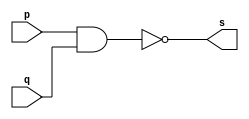
// --------------------------------
// Guia 02 - Exercicio 01
// Porta OR_NAND
// Nome: Marco Antonio Maciel Belo
// --------------------------------

// --------------------------------
// -- NAND
// --------------------------------

module nandgate (s, p, q);
 output s;
 input  p, q;

 assign s = ~(p & q);

endmodule // fim do module

// --------------------------------
// -- OR_NAND
// --------------------------------

module orgate (s, p, q);
 output s;
 input  p, q;
 wire temp1,temp2;
 
 nandgate nand1(temp1, p, p);
 nandgate nand2(temp2, q, q);
 nandgate nand3(s, temp1, temp2);

endmodule // fim do module

// ---------------------
// -- TEST OR_NAND
// ---------------------

module testOR_NAND;
 reg   a, b;
 wire  s;

 // instancia
 orgate OR1(s, a, b);
 
 initial begin
 	a = 0; b = 0;
 end
 
 // parte principal
 initial begin
      $display("Guia 02 - Exercicio 1");
		$display("\nMarco Antonio M. Belo - 410796");
      $display("\nTest OR_NAND gate");
      $display("\na & b = s\n");
		$monitor("%b & %b = %b", a,b,s);
		
		#1 a = 0; b = 1;
		#1 a = 1; b = 0;
		#1 a = 1; b = 1; 
end

endmodule // fim do module